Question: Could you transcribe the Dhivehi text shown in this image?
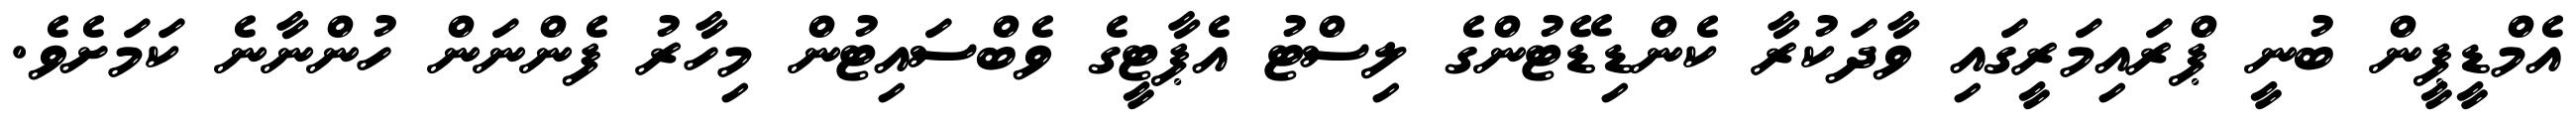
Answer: އެމްޑީޕީން ބުނީ ޕްރައިމަރީގައި ވާދަކުރާ ކެންޑިޑޭޓުންގެ ލިސްޓު އެޕާޓީގެ ވެބްސައިޓުން މިހާރު ފެންނަން ހުންނާނެ ކަމަށެވެ.